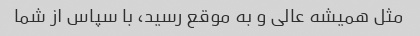
مثل همیشه عالی و به موقع رسید، با سپاس از شما